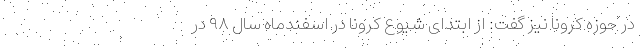
در حوزه کرونا نیز گفت: از ابتدای شیوع کرونا در اسفندماه سال ۹۸ در